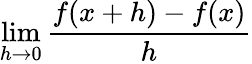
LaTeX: \operatorname*{lim}_{h\to 0}{\frac{f(x+h)-f(x)}{h}}